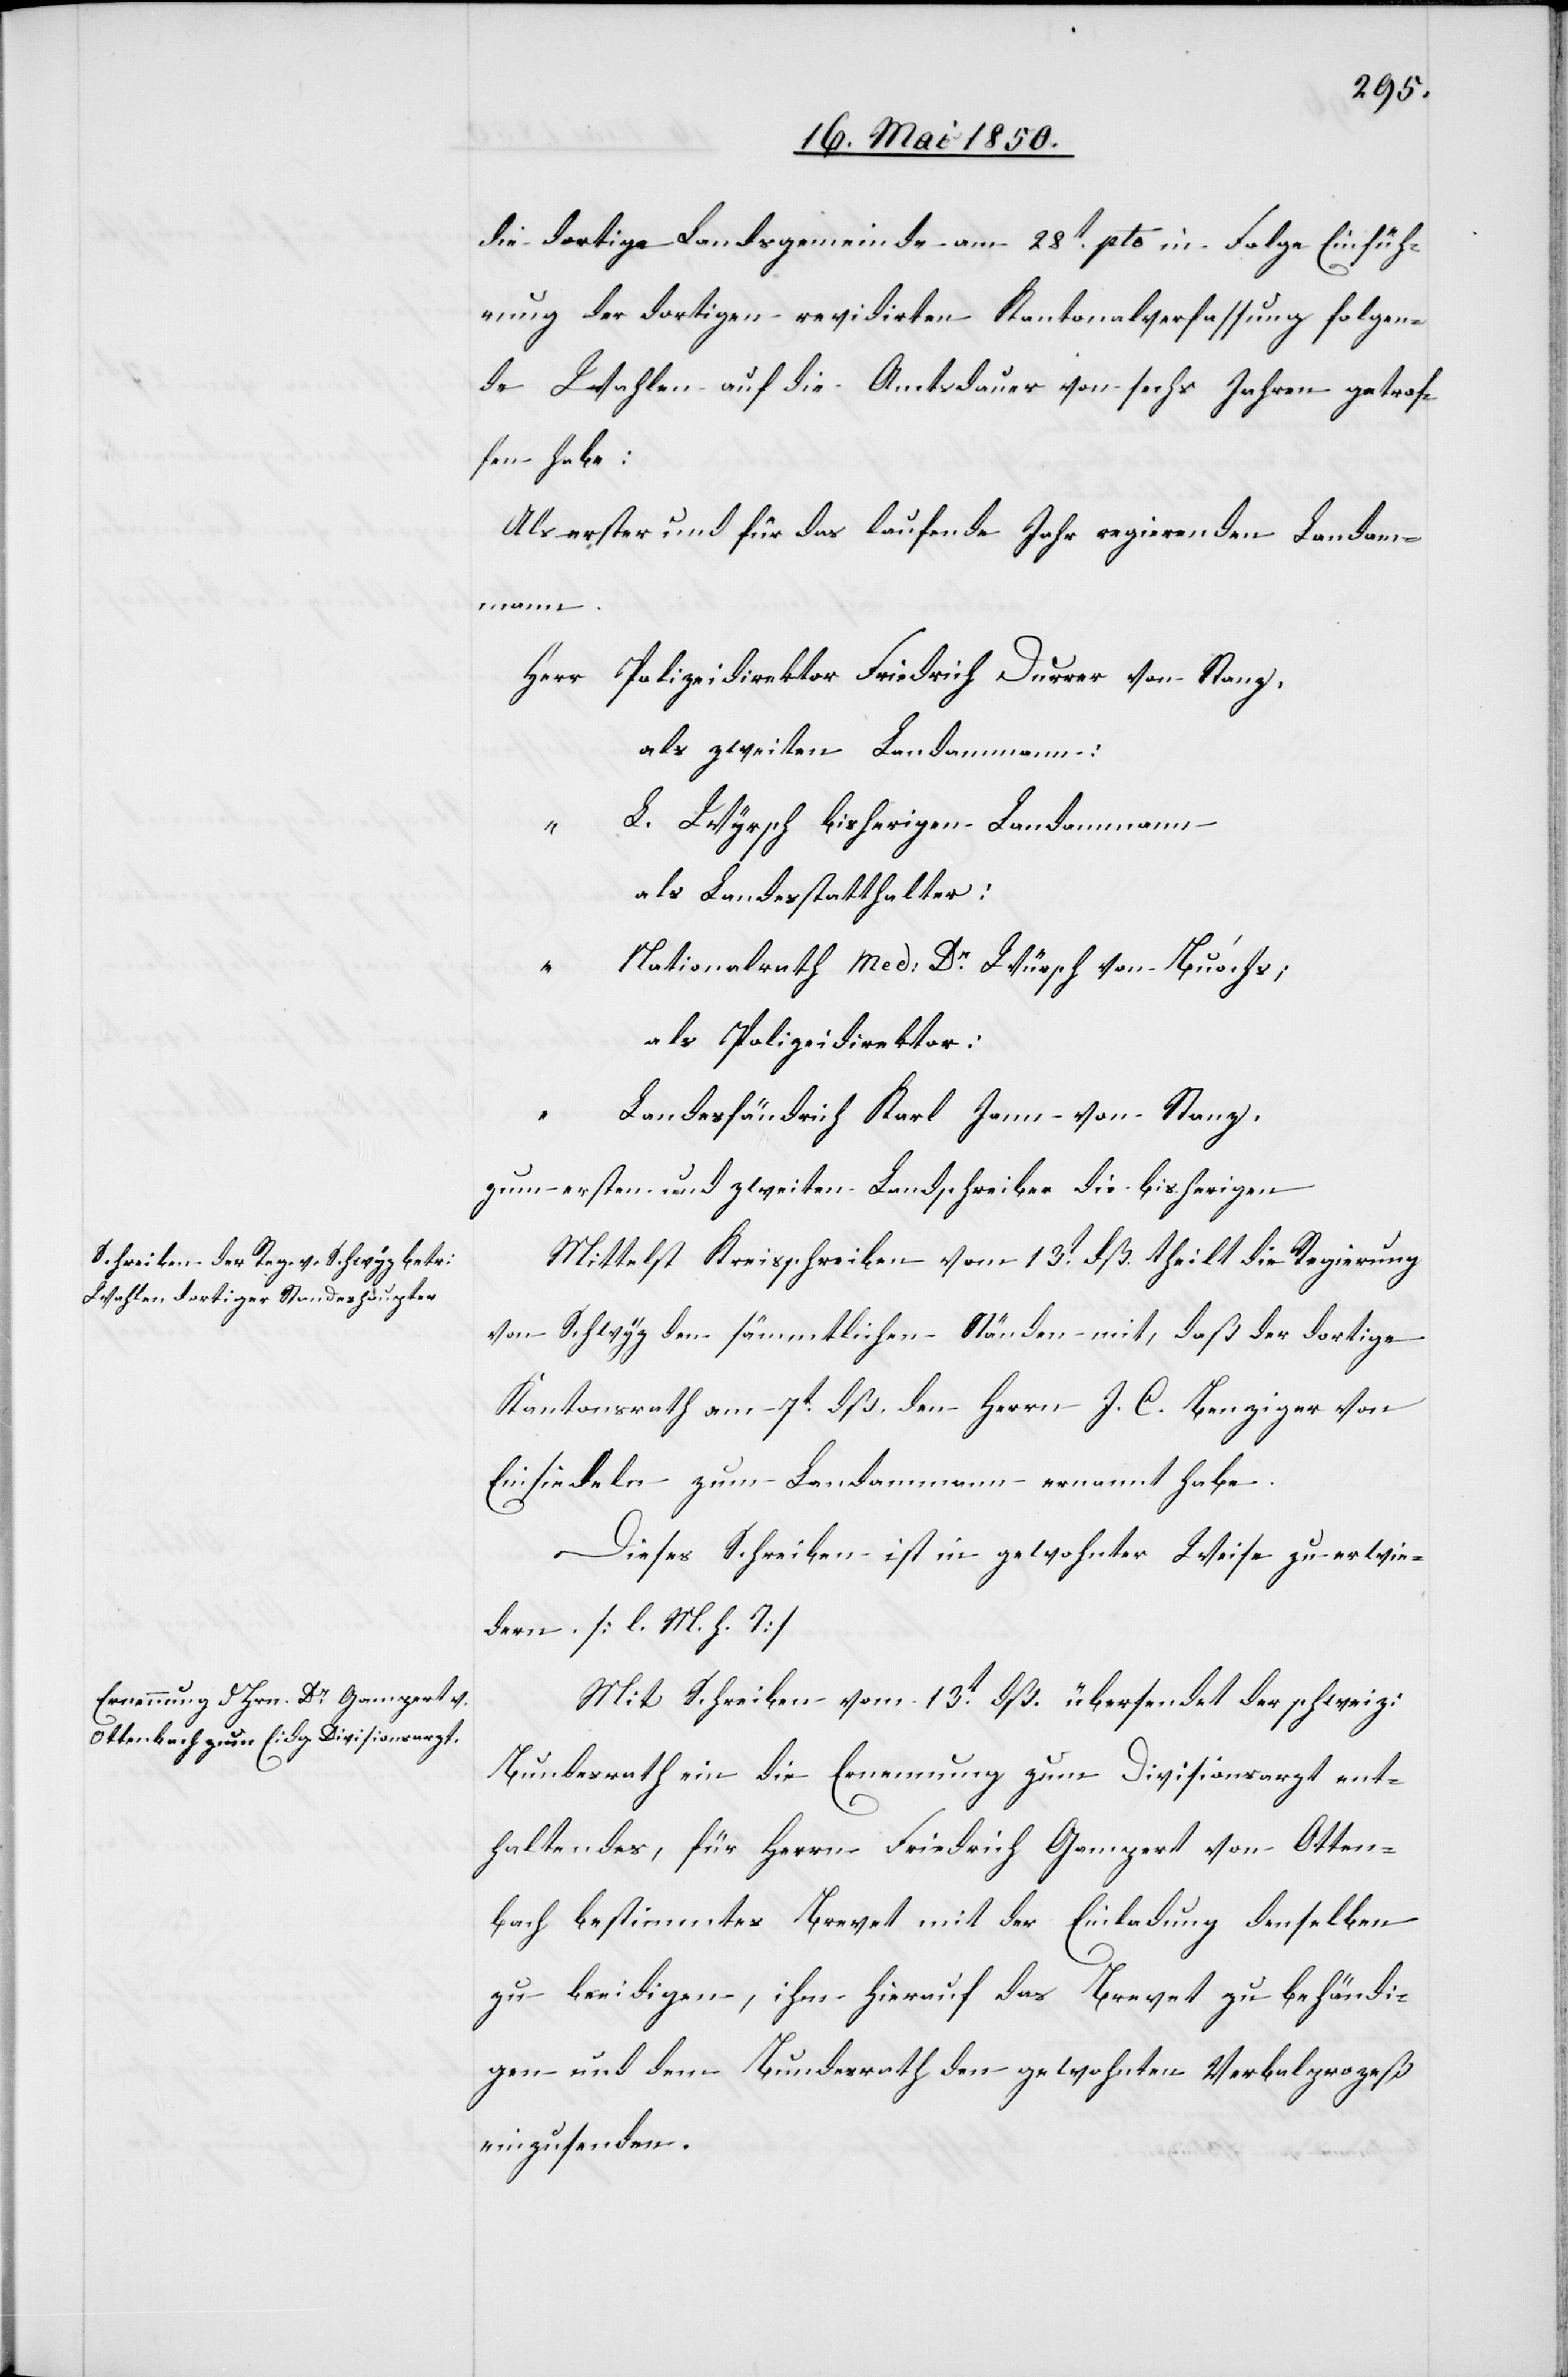
die dortige Landsgemeinde am 28t pto in Folge Einfüh¬
rung der dortigen revidirten Kantonalverfassung folgen¬
de Wahlen auf die Amtsdauer von sechs Jahren getrof¬
fen habe:
Als erster und für das laufende Jahr regierenden Landam¬
mann.
Herr Polizeidirektor Friedrich Durrer von Stanz.
als zweiten Landammann:
L. Wyrsch bisherigen Landammann
als Landesstatthalter:
Nationalrath med: Dr Würsch von Buochs;
als Polizeidirektor:
Landesfändrich Karl Jonn von Stanz.
zum ersten und zweiten Landschreiber die bisherigen.
Mittelst Kreisschreiben vom 13t dß. theilt die Regierung
von Schwyz den sämmtlichen Ständen mit, daß der dortige
Kantonsrath am 7t dß. den Herrn J. C. Benziger von
Einsiedeln zum Landammann ernannt habe.
Dieses Schreiben ist in gewohnter Weise zu erwie¬
dern. [l. M. h. T]
Mit Schreiben vom 13t dß. übersendet der schweiz:
Bundesrath ein die Ernennung zum Divisionsarzt ent¬
haltendes, für Herrn Friedrich Gampert von Otten¬
bach bestimmtes Brevet mit der Einladung denselben
zu beeidigen, ihm hierauf das Brevet zu behändi¬
gen und dem Bundesrath den gewohnten Verbalprozeß
einzusenden.